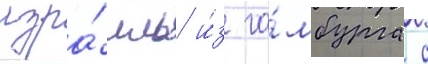
изра́иль и́з га́мбурга с